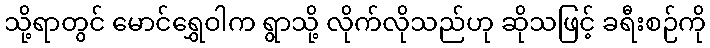
သို့ရာတွင် မောင်ရွှေဝါက ရွာသို့ လိုက်လိုသည်ဟု ဆိုသဖြင့် ခရီးစဉ်ကို